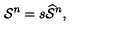
\mathcal { S } ^ { n } = s \widehat { \mathcal { S } } ^ { n } ,